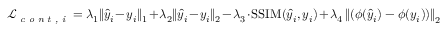
\mathcal { L } _ { \textit { c o n t , i } } = \lambda _ { 1 } \| \hat { y } _ { i } - y _ { i } \| _ { 1 } + \lambda _ { 2 } \| \hat { y } _ { i } - y _ { i } \| _ { 2 } - \lambda _ { 3 } \cdot \operatorname { S S I M } ( \hat { y } _ { i } , y _ { i } ) + \lambda _ { 4 } \left\| \left( \phi ( \hat { y } _ { i } ) - \phi ( y _ { i } ) \right) \right\| _ { 2 }